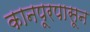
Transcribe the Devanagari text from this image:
कानपूरपासून